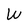
Character: W